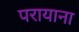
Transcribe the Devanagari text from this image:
परायाना